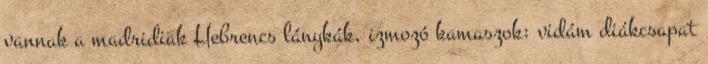
vannak a madridiak Hebrencs lánykák, izmozó kamaszok: vidám diákcsapat